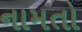
નામતો